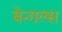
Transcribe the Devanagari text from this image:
बेन्गल्स